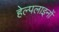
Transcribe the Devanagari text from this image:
हेल्पलाइनों